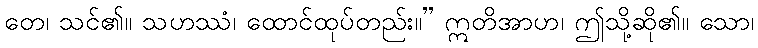
တေ၊ သင်၏။ သဟဿံ၊ ထောင်ထုပ်တည်း။” ဣတိအာဟ၊ ဤသို့ဆို၏။ သော၊